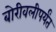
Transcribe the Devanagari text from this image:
बोरीवलीपर्यंत